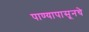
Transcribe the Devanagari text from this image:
पाण्यापासूनचे